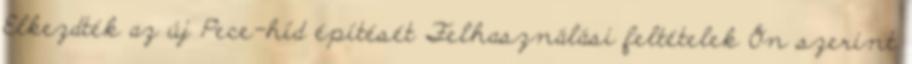
Elkezdték az új Pece-híd építését Felhasználási feltételek Ön szerint